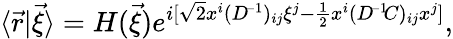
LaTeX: \langle\vec{r}|\vec{\xi}\rangle=H(\vec{\xi})e^{i[\sqrt{2}x^{i}(D^{\! -1})_{ij}\xi^{j}-\frac{1}{2}x^{i}(D^{\! -1}\! C)_{ij}x^{j}]},